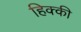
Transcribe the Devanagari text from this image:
हिक्‍की